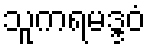
သူကရမဒ္ဒဝံ